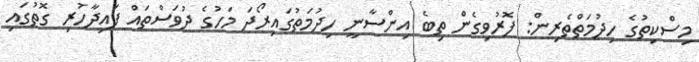
މިސްކިތުގެ ހިދުމަތްތެރިން: ފޮރުވިގެން ތިބެ އިންސާނީ ހިދުމަތުގައިރޯދަ މަހުގެ ދުވަސްތައް ފައިދާހުރި ގޮތުގައި